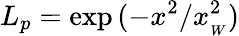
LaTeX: L_{p}=\exp{(-x^{2}/x_{_W}^{2})}